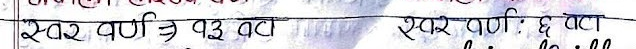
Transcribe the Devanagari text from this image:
स्वर वर्ण ⇒ १३ वटा स्वर वर्णः ६ वटा